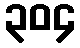
၃၀၄